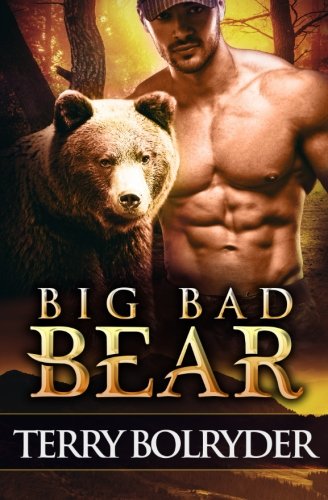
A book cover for Big Bad Bear; Terry Bolryder; Romance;